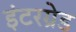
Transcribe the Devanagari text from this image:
इंटरग्रेड